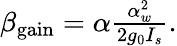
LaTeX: \begin{array}{r}{{\beta}_{\mathrm{gain}}=\alpha\frac{\alpha_{w}^{2}}{2g_{0}I_{s}}.}\end{array}